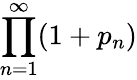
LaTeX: \prod_{n=1}^{\infty}(1+p_{n})